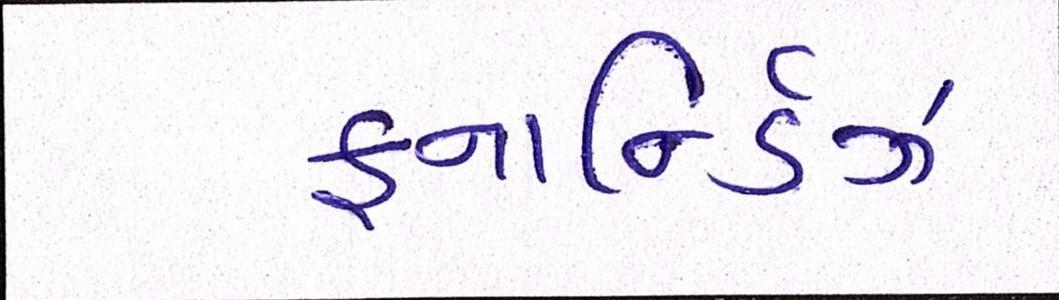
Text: ફનાર્ન્ડિઝ